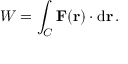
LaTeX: W = \int _ { C } \mathbf { F } ( \mathbf { r } ) \cdot \mathrm { d } \mathbf { r } \, .